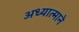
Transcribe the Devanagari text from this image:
अध्यात्माने